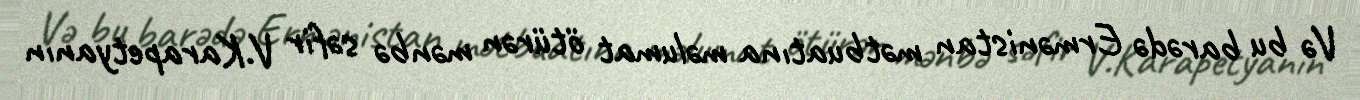
Və bu barədə Ermənistan mətbuatına məlumat ötürən mənbə səfir V.Karapetyanın